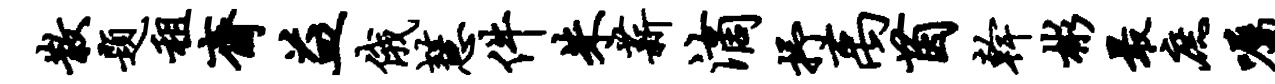
散题租斋益俄慧件朱薪滴抒禹茵干彬最庶嘱